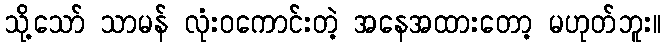
သို့သော် သာမန် လုံးဝကောင်းတဲ့ အနေအထားတော့ မဟုတ်ဘူး။